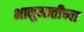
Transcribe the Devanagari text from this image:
भानुमातीच्या